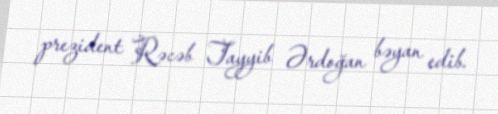
prezident Rəcəb Tayyib Ərdoğan bəyan edib.